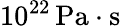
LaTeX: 10^{22}\, \mathrm{Pa}\cdot\mathrm{s}